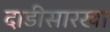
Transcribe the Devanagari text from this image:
दाडीसारखा